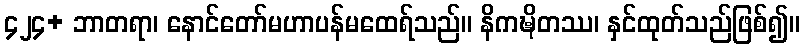
၄၂၄+ ဘာတရာ၊ နောင်တော်မဟာပန်မထေရ်သည်။ နိကဍ္ဎိတဿ၊ နှင်ထုတ်သည်ဖြစ်၍။